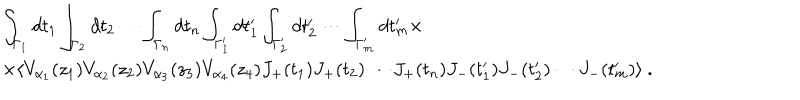
LaTeX: \begin{array} { r c l } { { } } & { { } } & { { \displaystyle \int _ { \Gamma _ { 1 } } d t _ { 1 } \int _ { \Gamma _ { 2 } } d t _ { 2 } \cdots \int _ { \Gamma _ { n } } d t _ { n } \int _ { \Gamma _ { 1 } ^ { \prime } } d t _ { 1 } ^ { \prime } \int _ { \Gamma _ { 2 } ^ { \prime } } d t _ { 2 } ^ { \prime } \cdots \int _ { \Gamma _ { m } ^ { \prime } } d t _ { m } ^ { \prime } \times } } \\ { { } } & { { } } & { { \times \langle V _ { \alpha _ { 1 } } ( z _ { 1 } ) V _ { \alpha _ { 2 } } ( z _ { 2 } ) V _ { \alpha _ { 3 } } ( z _ { 3 } ) V _ { \alpha _ { 4 } } ( z _ { 4 } ) J _ { + } ( t _ { 1 } ) J _ { + } ( t _ { 2 } ) \cdots J _ { + } ( t _ { n } ) J _ { - } ( t _ { 1 } ^ { \prime } ) J _ { - } ( t _ { 2 } ^ { \prime } ) \cdots J _ { - } ( t _ { m } ^ { \prime } ) \rangle ~ . } } \\ \end{array}